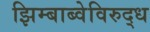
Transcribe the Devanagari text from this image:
झिम्बाब्वेविरुद्ध